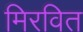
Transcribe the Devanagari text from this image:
मिरवित